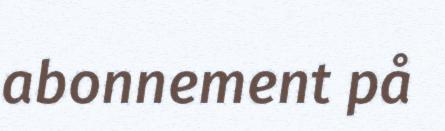
abonnement på